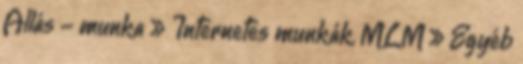
Állás - munka » Internetes munkák, MLM » Egyéb